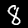
Label: 8